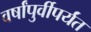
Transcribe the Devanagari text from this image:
वर्षांपुर्वीपर्यंत